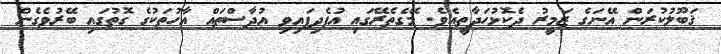
ޤަބޫލުކުރަން އޭނަގެ ޒަމީރު ދެކޮޅުހަދާތީއެވެ. މޭގެތެރޭގައި އުފެދިފައިވި އުދާސްތައް އާހުތަކުގެ ގޮތުގައި ބޭރުވެގެން